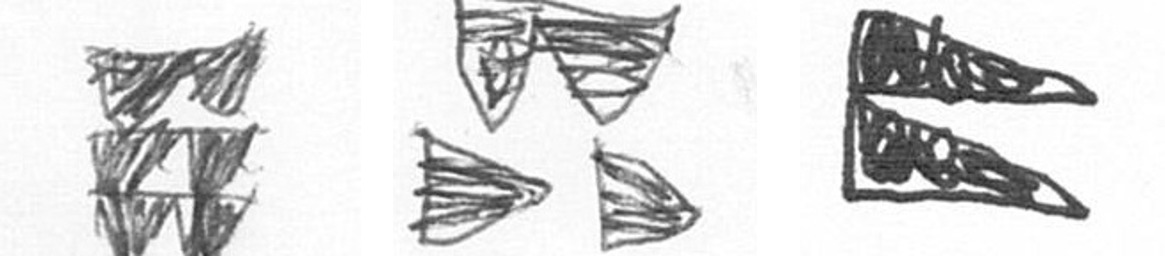
Y B P